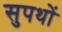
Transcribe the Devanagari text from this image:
सुपथों